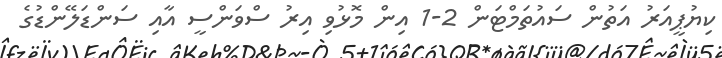
ކިޔުޕީއަރު އަތުން ސައުތަމްޓަން 2-1 އިން މޮޅުވި އިރު ސްވަންސީ އާއި ސަންޑަލޭންޑުގެ